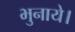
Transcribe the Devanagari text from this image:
भुनाये।